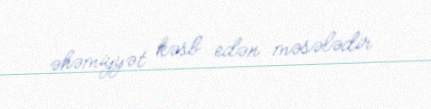
əhəmiyyət kəsb edən məsələdir.